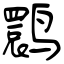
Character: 鹮